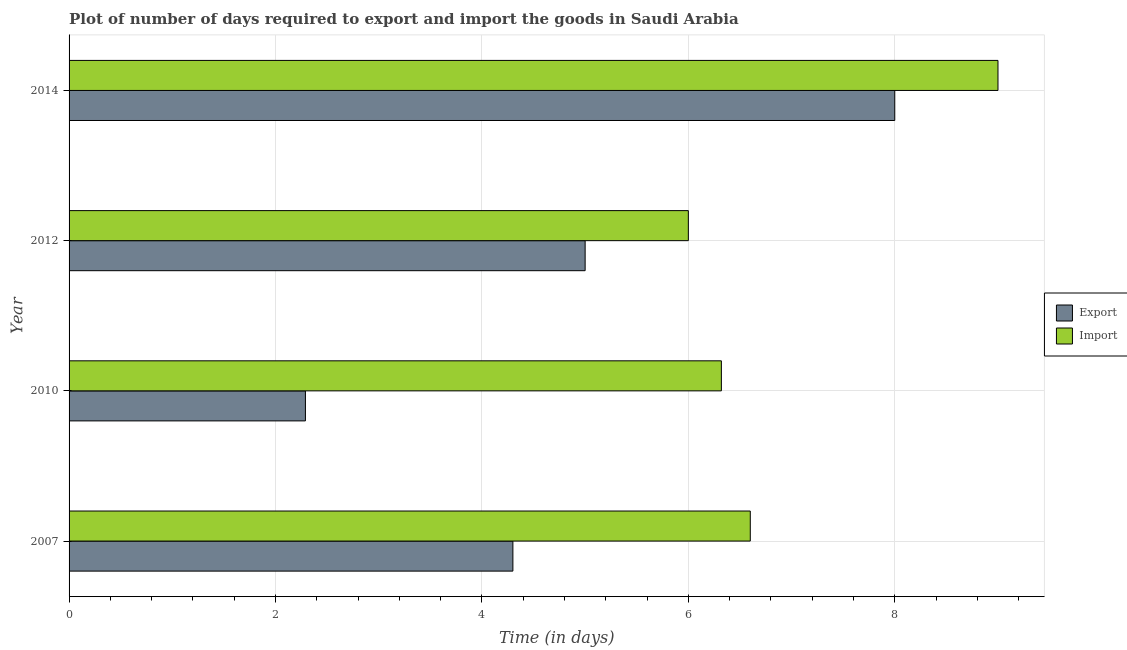
| Year | Export | Import |
 | --- | --- | --- |
 | 2007 | 4.3 | 6.6 |
 | 2010 | 2.29 | 6.32 |
 | 2012 | 5 | 6 |
 | 2014 | 8 | 9 |